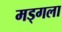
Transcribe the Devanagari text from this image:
मड्गला